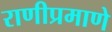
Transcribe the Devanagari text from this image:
राणीप्रमाणे